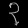
Digit: ၃